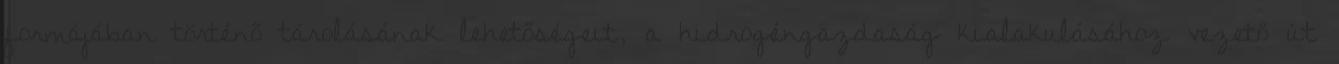
formájában történő tárolásának lehetőségeit, a hidrogéngazdaság kialakulásához vezető út